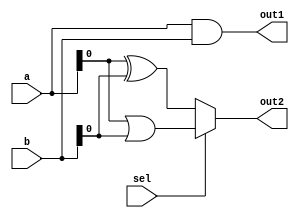
module combinational_logic (
    input wire [3:0] a,        // 4-bit input
    input wire [3:0] b,        // 4-bit input
    input wire sel,            // 1-bit select input
    output reg [3:0] out1,     // 4-bit output
    output reg out2            // 1-bit output
);

always @(*) begin
    // Combinational logic block
    out1 = a & b;              // AND operation on inputs a and b
    out2 = (sel) ? (a | b) : (a ^ b); // Multiplexer behavior: OR if sel is 1, XOR if sel is 0
end

endmodule